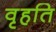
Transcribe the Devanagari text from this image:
वृहति